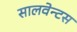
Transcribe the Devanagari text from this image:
सालवेन्टस